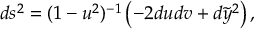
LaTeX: d s ^ { 2 } = ( 1 - u ^ { 2 } ) ^ { - 1 } \left( - 2 d u d v + d \tilde { y } ^ { 2 } \right) ,